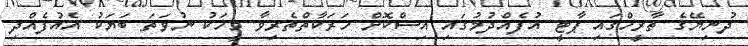
ދުނިޔޭގެ ތާރީހްގައި ޕާޓީ އުފެއްދުމުގައި އިސްކޮށް ހަރަކާތްތެރިވާ މީހަކު ނުވަތަ ބަޔަކު އެއުފެއްދި